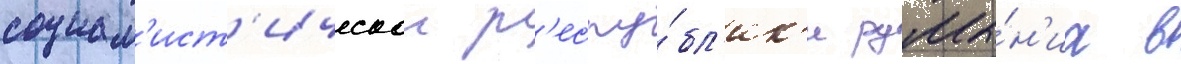
социал'ист'ическои р'еспу́бл'ик'и румы́н'иа в